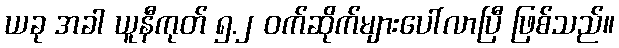
ယခု အခါ ယူနီကုတ် ၅.၂ ဝက်ဆိုက်များပေါ်လာပြီ ဖြစ်သည်။